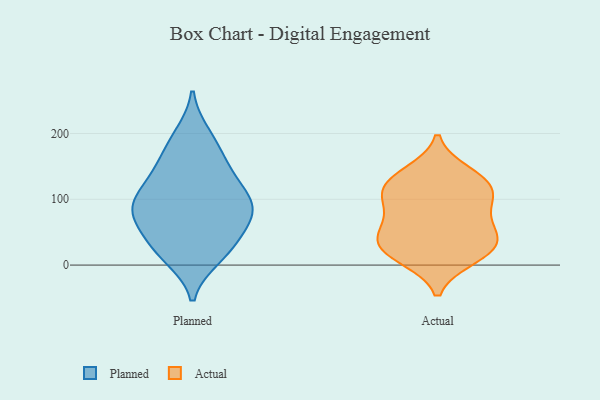
{"axis": {"x": "Production Output", "y": "Value"}, "legend": ["Actual", "Planned"], "data": [{"x": "", "y": 16, "type": "Planned"}, {"x": "", "y": 111, "type": "Planned"}, {"x": "", "y": 12, "type": "Planned"}, {"x": "", "y": 118, "type": "Planned"}, {"x": "", "y": 49, "type": "Planned"}, {"x": "", "y": 158, "type": "Planned"}, {"x": "", "y": 101, "type": "Planned"}, {"x": "", "y": 190, "type": "Planned"}, {"x": "", "y": 26, "type": "Planned"}, {"x": "", "y": 88, "type": "Planned"}, {"x": "", "y": 70, "type": "Planned"}, {"x": "", "y": 80, "type": "Planned"}, {"x": "", "y": 76, "type": "Planned"}, {"x": "", "y": 73, "type": "Planned"}, {"x": "", "y": 152, "type": "Planned"}, {"x": "", "y": 142, "type": "Planned"}, {"x": "", "y": 95, "type": "Planned"}, {"x": "", "y": 198, "type": "Planned"}, {"x": "", "y": 27, "type": "Planned"}, {"x": "", "y": 118, "type": "Actual"}, {"x": "", "y": 37, "type": "Actual"}, {"x": "", "y": 18, "type": "Actual"}, {"x": "", "y": 10, "type": "Actual"}, {"x": "", "y": 100, "type": "Actual"}, {"x": "", "y": 141, "type": "Actual"}, {"x": "", "y": 136, "type": "Actual"}, {"x": "", "y": 49, "type": "Actual"}, {"x": "", "y": 43, "type": "Actual"}, {"x": "", "y": 111, "type": "Actual"}, {"x": "", "y": 73, "type": "Actual"}, {"x": "", "y": 84, "type": "Actual"}, {"x": "", "y": 15, "type": "Actual"}, {"x": "", "y": 118, "type": "Actual"}, {"x": "", "y": 39, "type": "Actual"}]}